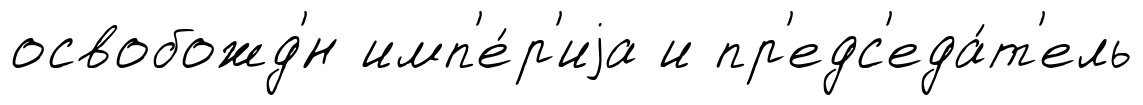
освобожд'́н имп'е́р'иjа и пр'едс'еда́т'ель